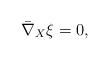
LaTeX: \begin{align*} \bar\nabla_{X}\xi =0, \end{align*}